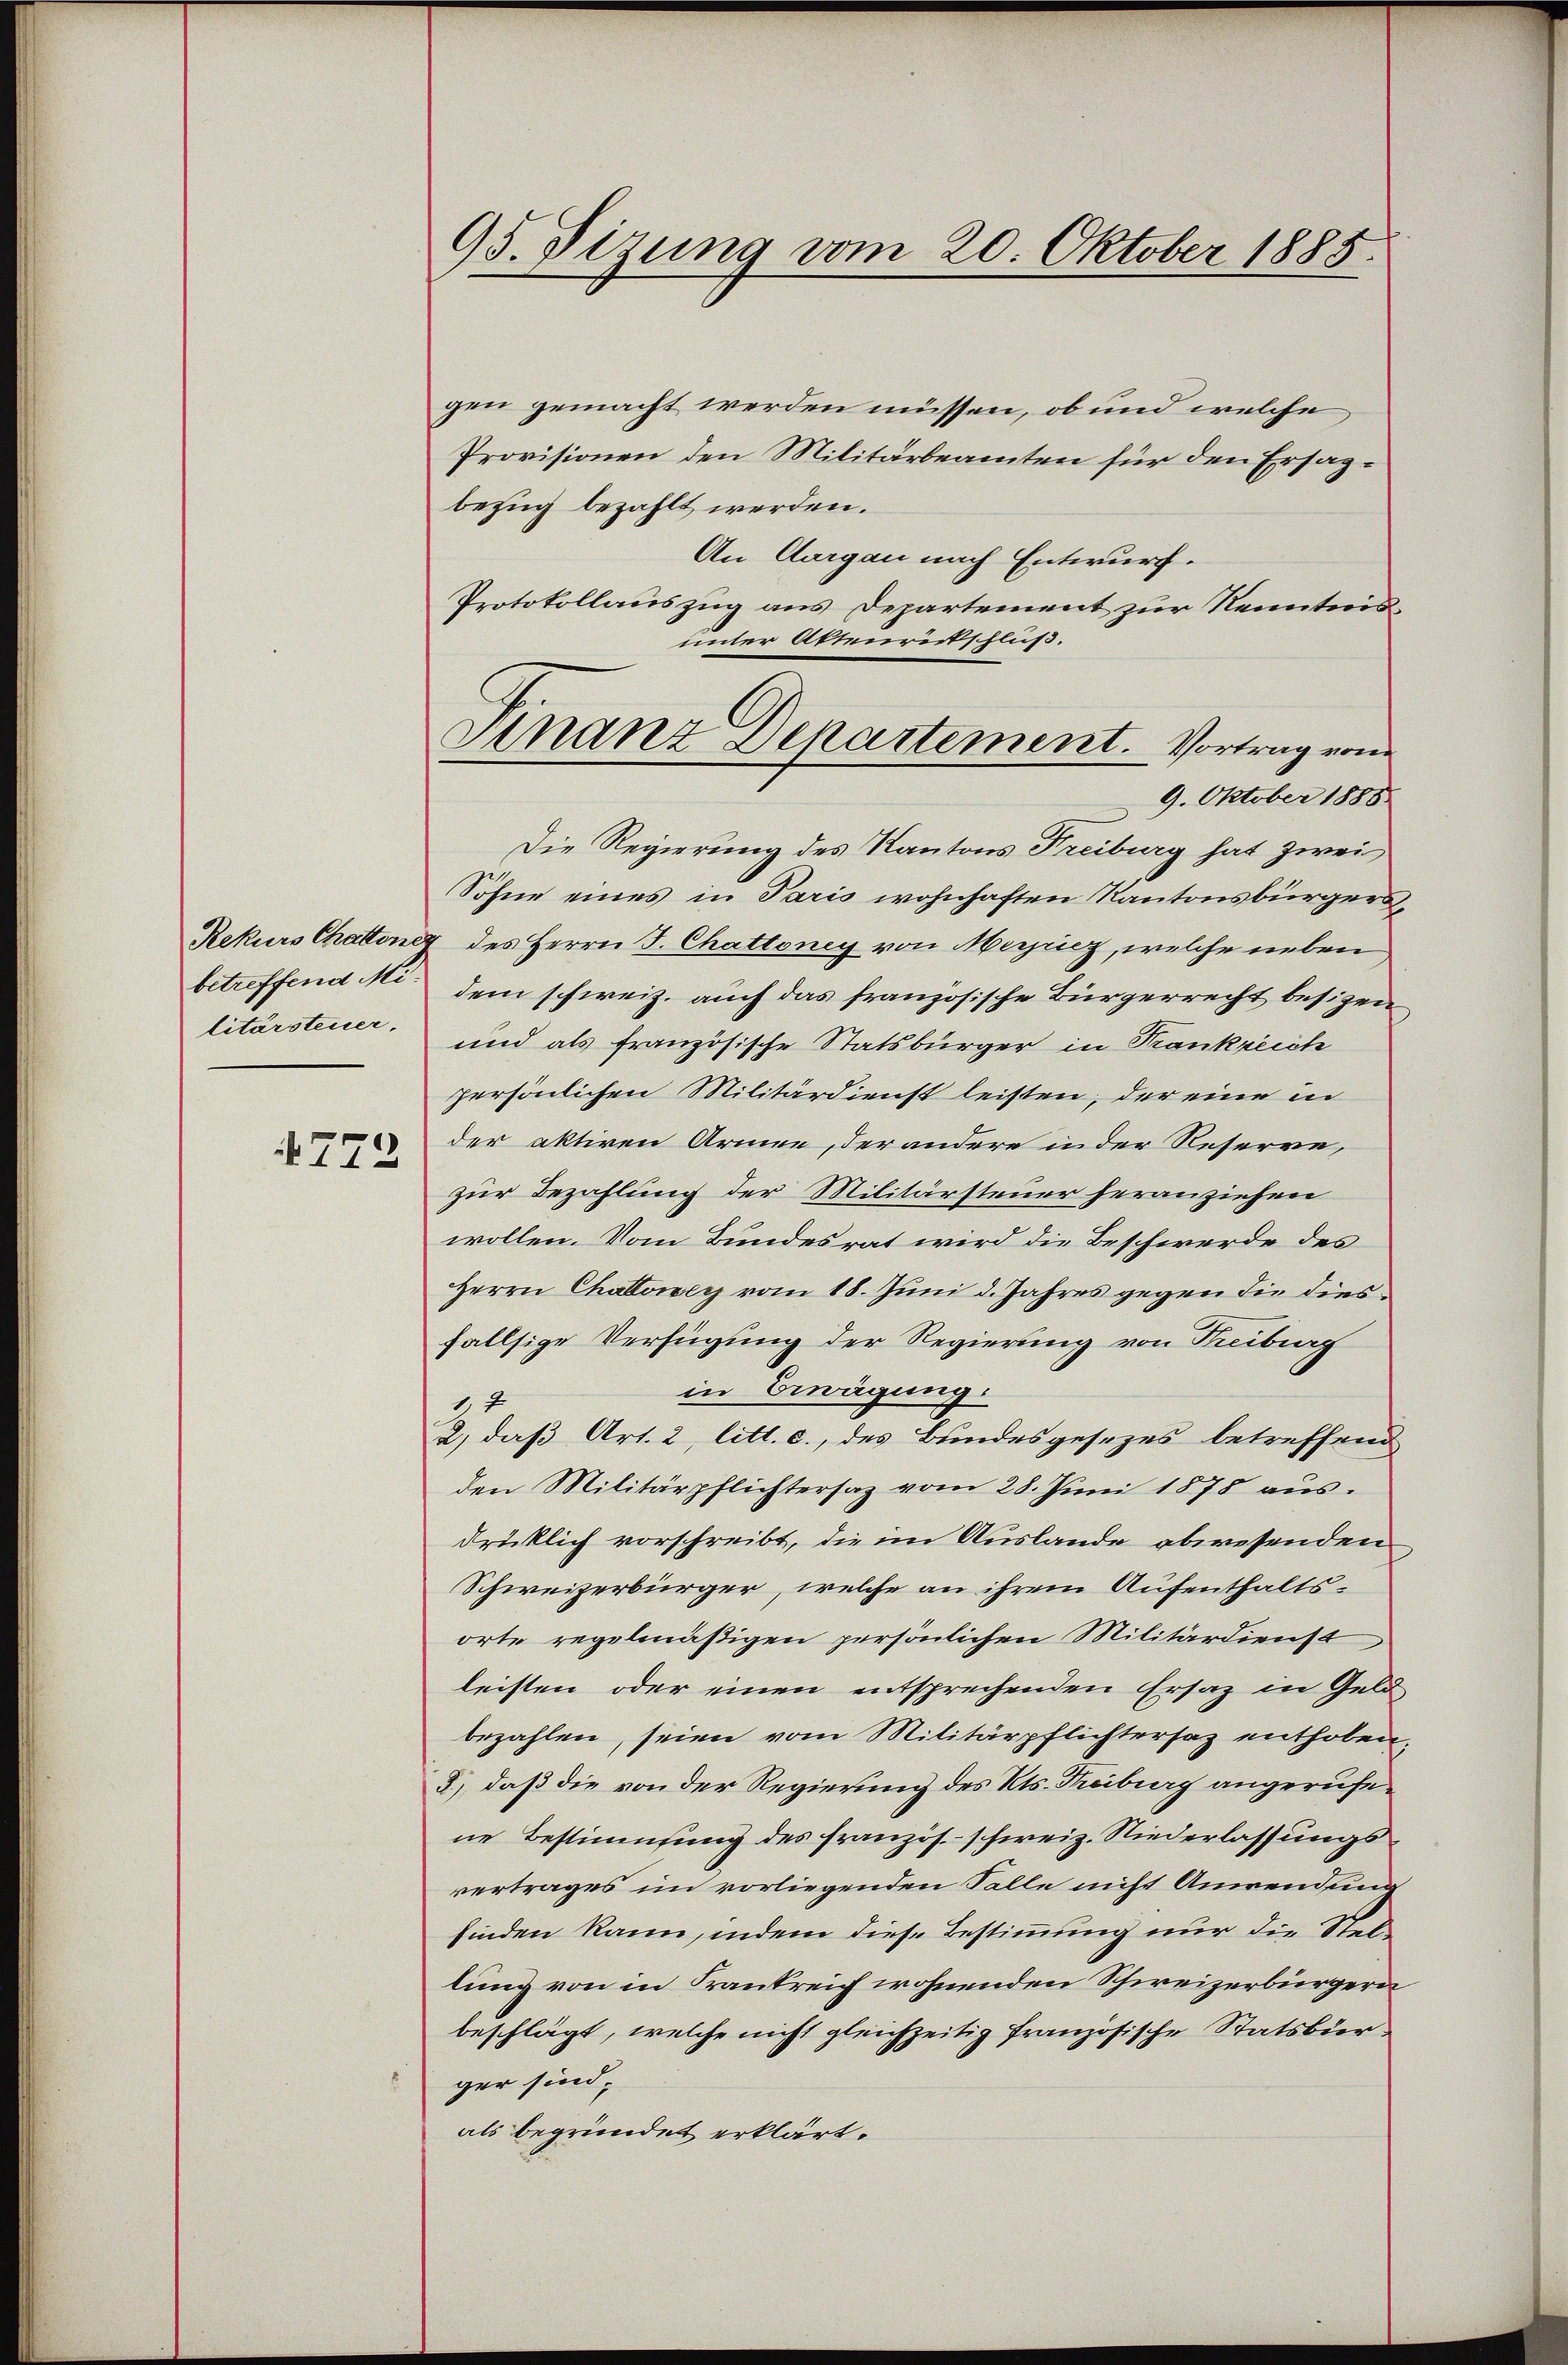
betreffend Militärsteuer,

773

95. Sizung vom 20. Oktober 1885.

gen gemacht werden müssen, ob und welche
Provisionen den Militärbeamten für den Ersagbezug bezahlt werden.
An Aargau nach Entwurf.
Protokollauszug aus Departement zur Kenntnisunter Aktenreitschluß.
Die Regierung des Kantons Treiburg hat zwei
Söhne eines in Paris wohnhaften Kantonsbürgers¬
Rekurs Chattener des Herrn F. Chatteney von Meyriz, welche neben
dem schweiz. auch das französische Bürgerrecht besizen
und als französische Statsbürger in Frankreich
persönlichen Militärdienst leisten, der eine in
der aktiven Armen, der andere in der Reserve,
zur Bezahlung der Militärsteuer heranziehen
wollen. Vom Bundesrat wird die Beschwerde des
Herrn Chattower vom 18. Juni d. Jahres gegen die dies
fallsige Verfügung der Regierung von Tribung
in Erwägung.
1,7
2, daß Art. 2, litt. c., des Bundesgesezes betreffend
den Militärpflichtersaz vom 28. Juni 1875 aŭs.
drücklich vorschreibt, die im Auslande abwesenden
Schweizerbürger, welche an ihrem Aufenthaltsorte regelmäßigen persönlichen Militärdienst
leisten oder einen entsprechenden Ersatz in Geld
bezahlen, seien vom Militärpflichtersaz enthoben,
2.) daß die von der Regierung des Kts. Theiburg angerufene Bestimmung des französ. - schweiz. Niederlassungsvertrages im vorliegenden Falle nicht Anwendung
finden kann, indem diese Bestimmung nur die Stellung von in Frankreich wohnenden Schweizerbürgern
beschlägt, welche nicht gleichzeitig französische Statsbürger sind;
als begründet erklärt.

Sinanz Departement. Vortrag vom
9. Oktober 1888